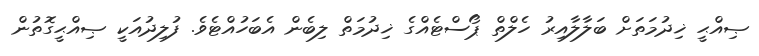
ޞިއްޙީ ޚިދުމަތަށް ބަލާލާއިރު ހެލްތް ޕޯސްޓެއްގެ ޚިދުމަތް ލިބެން އެބަހުއްޓެވެ. ފުލިދުއަކީ ޞިއްޙީގޮތުން